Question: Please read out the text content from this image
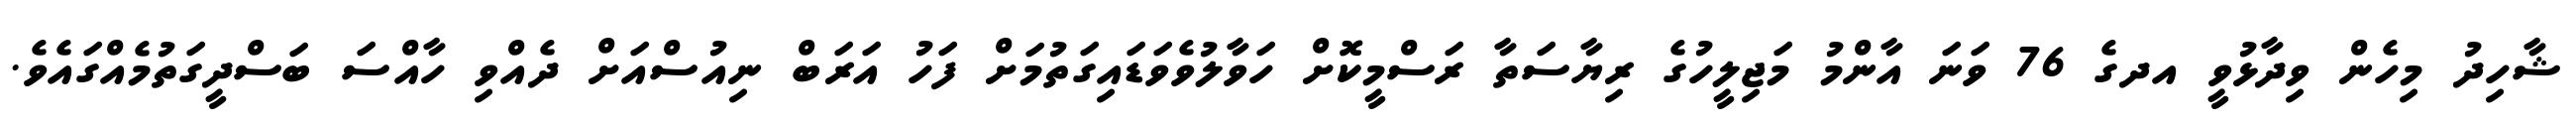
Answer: ޝާހިދު މިހެން ވިދާޅުވީ އދގެ 76 ވަނަ އާންމު މަޖިލީހުގެ ރިޔާސަތާ ރަސްމީކޮށް ހަވާލުވެވަޑައިގަތުމަށް ފަހު އަރަބް ނިއުސްއަށް ދެއްވި ހާއްސަ ބަސްދީގަތުމެއްގައެވެ.